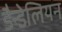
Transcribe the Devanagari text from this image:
डैन्डेलियन